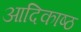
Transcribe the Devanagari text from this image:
आदिकाष्ठ